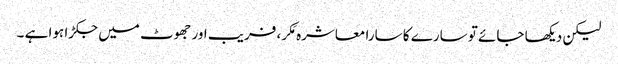
لیکن دیکھا جائے تو سارے کا سارا معاشرہ مَکر، فریب اور جھوٹ میں جکڑا ہوا ہے ۔